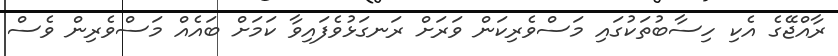
ރާއްޖޭގެ އެކި ހިސާބުތަކުގައި މަސްވެރިކަން ވަރަށް ރަނގަޅުވެފައިވާ ކަމަށް ބައެއް މަސްވެރިން ވެސް